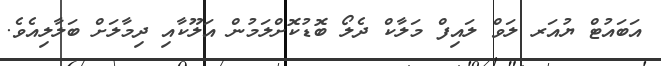
އަބައުޓް ޔުއަރ ލަވް ލައިފް މަލާކް ދެލޯ ބޮޑުކޮށްލަމުން އަލޫކާއި ދިމާލަށް ބަލާލިއެވެ.